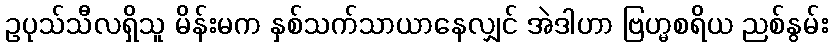
ဥပုသ်သီလရှိသူ မိန်းမက နှစ်သက်သာယာနေလျှင် အဲဒါဟာ ဗြဟ္မစရိယ ညစ်နွမ်း